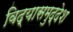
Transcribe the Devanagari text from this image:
विद्यासमुद्देश